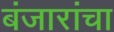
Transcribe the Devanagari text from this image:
बंजारांचा